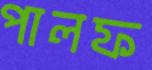
পালফ